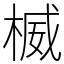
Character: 楲